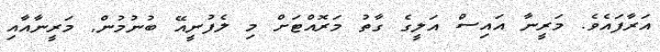
އަރާފައެވެ. މަރީނާ އައިސް އަލީގެ ގާތު މަރޮއްޓަށް މި ލެފުނީއޭ ބުނުމުން